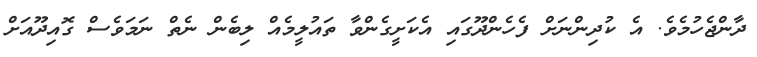
ދާންޖެހުމެވެ. އެ ކުދިންނަށް ފެހެންދޫގައި އެކަށީގެންވާ ތައުލީމެއް ލިބެން ނެތް ނަމަވެސް ގޮއިދޫއަށް